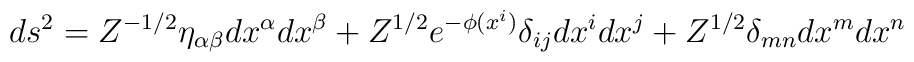
ds^2 = Z^{-1/2} \eta_{\alpha\beta}dx^{\alpha}dx^{\beta} + Z^{1/2}e^{-\phi(x^i)} \delta_{ij}dx^i dx^j + Z^{1/2}  \delta_{mn} dx^m dx^n